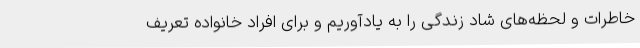
خاطرات و لحظه‌های شاد زندگی را به یادآوریم و برای افراد خانواده تعریف